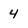
Character: 4